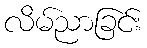
လိမ်ညာခြင်း